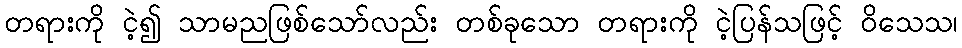
တရားကို ငဲ့၍ သာမညဖြစ်သော်လည်း တစ်ခုသော တရားကို ငဲ့ပြန်သဖြင့် ဝိသေသ၊